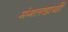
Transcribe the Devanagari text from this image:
मंगलदायी